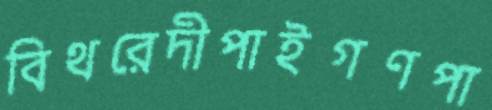
বিথরেদীপাইগণপা